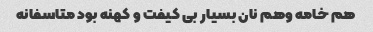
هم خامه وهم نان بسیار بی کیفت و کهنه بود متاسفانه